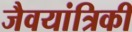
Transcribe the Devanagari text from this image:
जैवयांत्रिकी